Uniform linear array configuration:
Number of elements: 16
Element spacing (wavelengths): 1
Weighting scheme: binomial
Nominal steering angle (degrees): -30
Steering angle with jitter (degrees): -31.029
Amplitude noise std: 0.05
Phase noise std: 0.05

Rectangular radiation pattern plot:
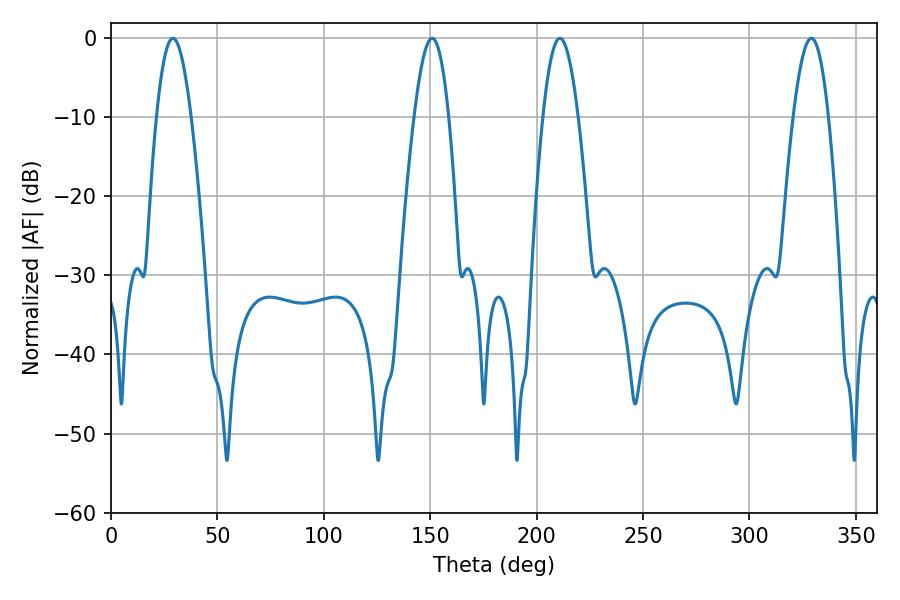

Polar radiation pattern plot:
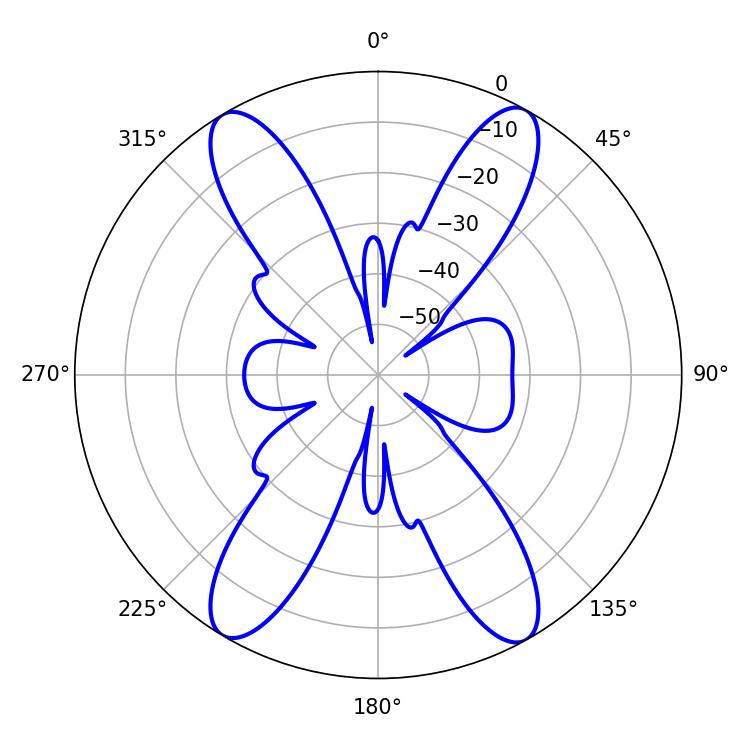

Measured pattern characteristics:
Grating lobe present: TRUE
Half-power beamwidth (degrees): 9
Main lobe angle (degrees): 210.96